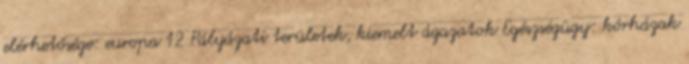
elérhetősége: europa 12 Pályázati területek, kiemelt ágazatok Egészségügy: kórházak